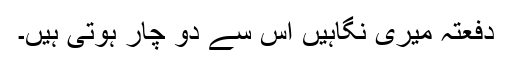
دفعتہً میری نگاہیں اس سے دو چار ہوتی ہیں۔